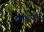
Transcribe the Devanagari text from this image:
दामोदरसेन